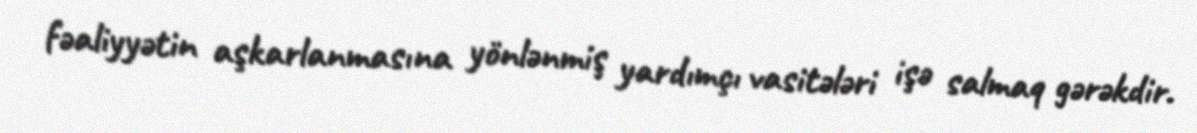
fəaliyyətin aşkarlanmasına yönlənmiş yardımçı vasitələri işə salmaq gərəkdir.